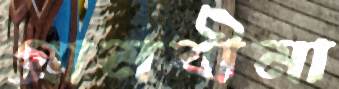
গ্রামবীমা